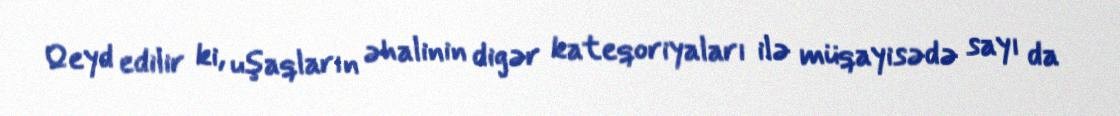
Qeyd edilir ki, uşaqların əhalinin digər kateqoriyaları ilə müqayisədə sayı da